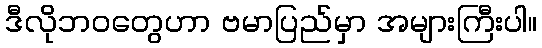
ဒီလိုဘဝတွေဟာ ဗမာပြည်မှာ အများကြီးပါ။